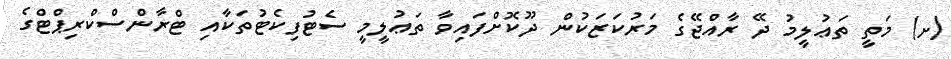
(ށ) މަތީ ތަޢުލީމު ދޭ ރާއްޖޭގެ މަރުކަޒަކުން ދޫކޮށްފައިވާ ތަޢުލީމީ ސެޓުފިކެޓުތަކާއި ޓްރާންސްކްރިޕްޓްގެ